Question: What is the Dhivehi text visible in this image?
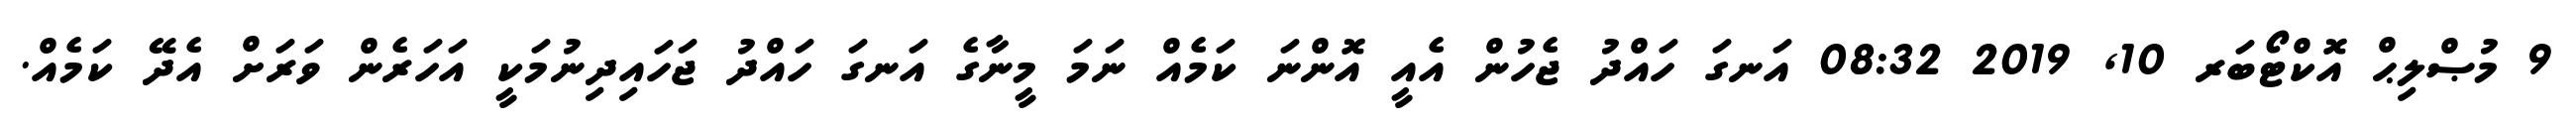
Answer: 9 މުޞްލިޙް އޮކްޓޯބަރ 10, 2019 08:32 އަނގަ ހައްދު ޖެހުން އެއީ އޮންނަ ކަމެއް ނަމަ މީނާގެ އަނގަ ހައްދު ޖަހައިދިނުމަކީ އަހަރެން ވަރަށް އެދޭ ކަމެއް.